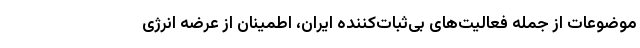
موضوعات از جمله فعالیت‌های بی‌ثبات‌کننده ایران، اطمینان از عرضه انرژی